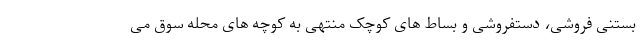
بستنی فروشی، دستفروشی و بساط های کوچک منتهی به کوچه های محله سوق می